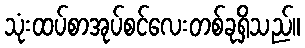
သုံးထပ်စာအုပ်စင်လေးတစ်ခုရှိသည်။